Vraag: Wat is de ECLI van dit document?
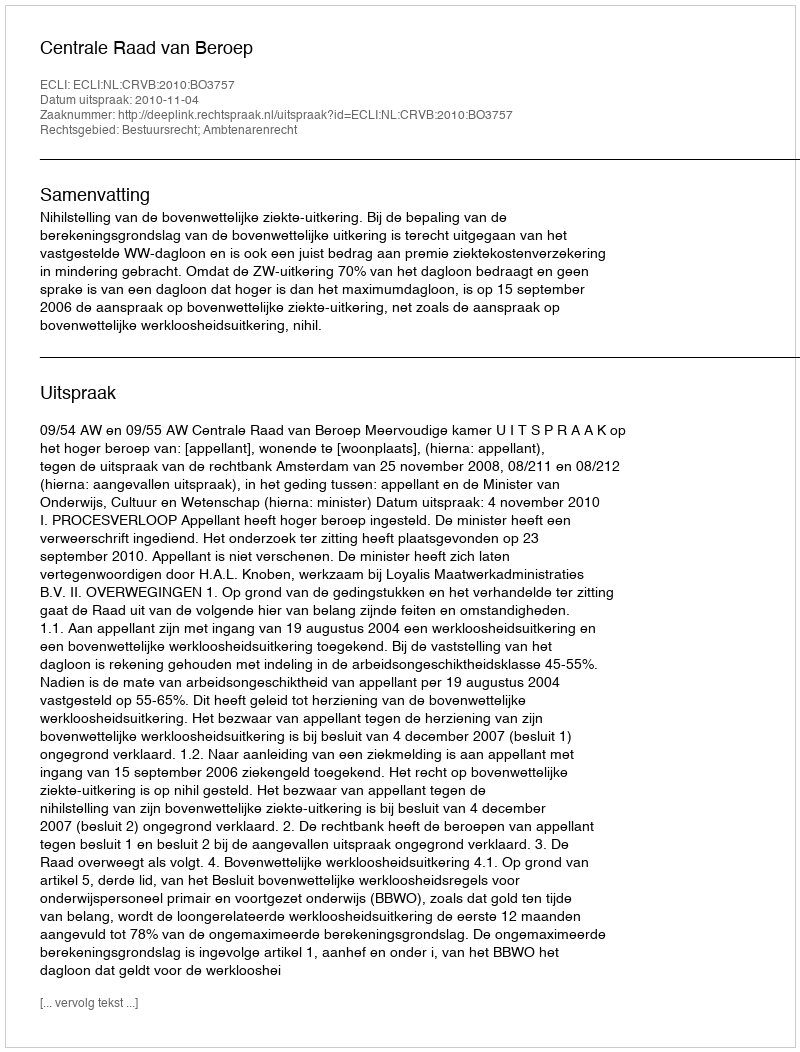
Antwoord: ECLI:NL:CRVB:2010:BO3757